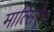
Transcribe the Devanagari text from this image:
मात्सिऐंग